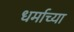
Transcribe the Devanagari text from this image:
धर्माच्‍या